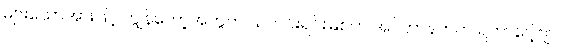
များသောအားဖြင့် ကျွန်တော့်အတွက် သတင်းရင်းမြစ်က အင်တာနက်က ရတာပေါ့ဗျာ။